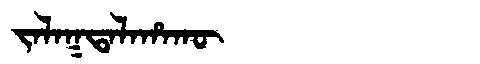
Manchu: ᠵᠠᠯᠠᡴᡨᠠᠯᠠᡥᠠᡴᡡ
Romanization: JALAKTALAHAKŪ